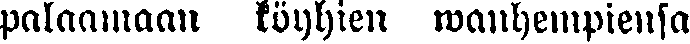
palaamaan köyhien wanhempiensa